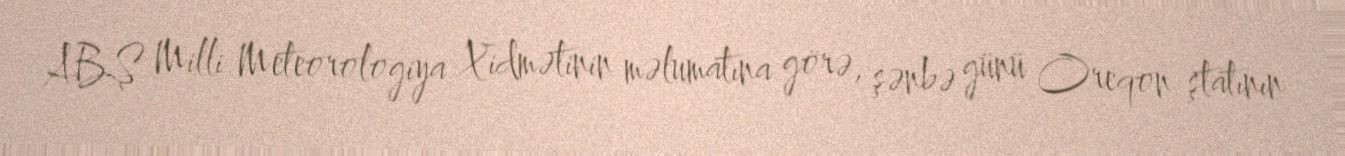
ABŞ Milli Meteorologiya Xidmətinin məlumatına görə, şənbə günü Oreqon ştatının